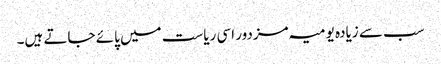
سب سے زیادہ یومیہ مزدور اسی ریاست میں پائے جاتے ہیں۔